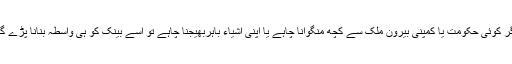
اگر کوئی حکومت یا کمپنی بیرون ملک سے کچھ منگوانا چاہے یا اپنی اشیاء باہربھیجنا چاہے تو اسے بینک کو ہی واسطہ بنانا پڑے گا۔